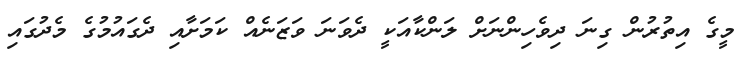
މީގެ އިތުރުން ގިނަ ދިވެހިންނަށް ލަންކާއަކީ ދެވަނަ ވަޒަނެއް ކަމަށާއި ދެގައުމުގެ މެދުގައި